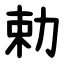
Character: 勅